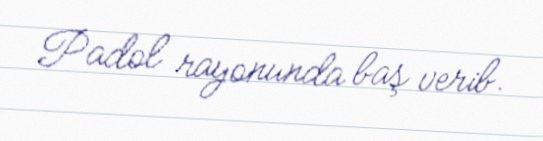
Padol rayonunda baş verib.